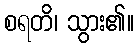
စရတိ၊ သွား၏။